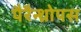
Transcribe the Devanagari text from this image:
पैरैन्थ्रोपस